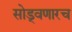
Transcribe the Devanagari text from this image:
सोड्वणारच